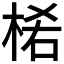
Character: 𣒅